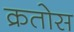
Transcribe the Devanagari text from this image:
क्रतोस